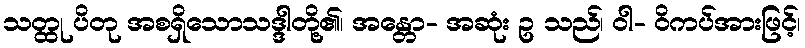
သတ္ထု ပိတု အစရှိသောသဒ္ဒါတို့၏၊ အန္တော- အဆုံး ဥ သည်၊ ဝါ- ဝိကပ်အားဖြင့်၊